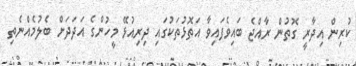
ކުރިން އިދާރީ ގޮތުން ރާއްޖެ ބައިވެފައިވާ އަތޮޅުތަކުގައި ދިރިއުޅޭ މީހުންގެ އަދަދަށް ބެލުމެއްނެތި